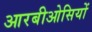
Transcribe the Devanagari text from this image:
आरबीओसियों